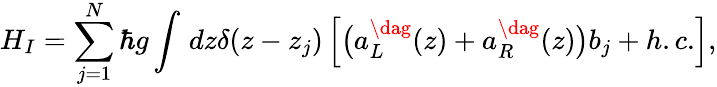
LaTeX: {H_{I}}=\sum_{j=1}^{N}{\hbar g\int_{}^{}{dz\delta(z-{z_{j}})\left[{\big({a_{L}^{\dag}(z)+a_{R}^{\dag}(z)}\big){b_{j}}+h.c.}\right]}},